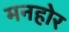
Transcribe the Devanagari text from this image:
मनहोर